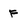
Character: F